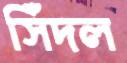
সিঁদল